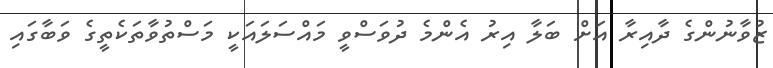
ޒުވާނުންގެ ދާއިރާ އަށް ބަލާ އިރު އެންމެ ދުވަސްވީ މައްސަލައަކީ މަސްތުވާތަކެތީގެ ވަބާގައި